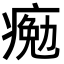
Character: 𤸩